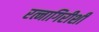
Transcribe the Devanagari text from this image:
रत्नागिरीशी